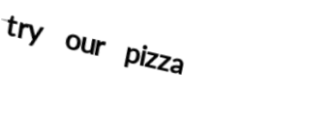
try our pizza